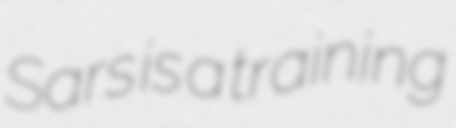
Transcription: Sars is a training